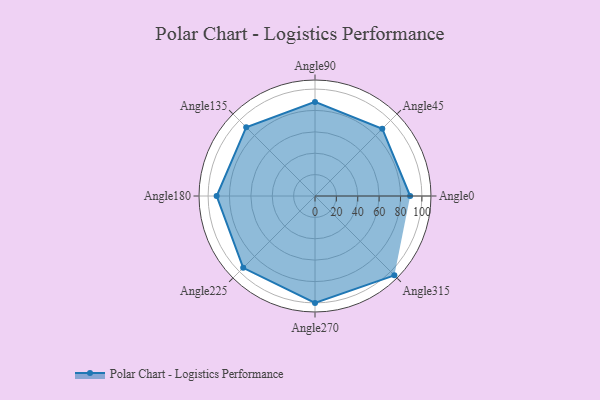
{"axis": {"x": "Angle", "y": "Radius"}, "legend": [""], "data": [{"x": "Angle0", "y": 89.0, "type": ""}, {"x": "Angle45", "y": 89.0, "type": ""}, {"x": "Angle90", "y": 88.0, "type": ""}, {"x": "Angle135", "y": 91.0, "type": ""}, {"x": "Angle180", "y": 92.0, "type": ""}, {"x": "Angle225", "y": 95.0, "type": ""}, {"x": "Angle270", "y": 100.0, "type": ""}, {"x": "Angle315", "y": 105.0, "type": ""}]}